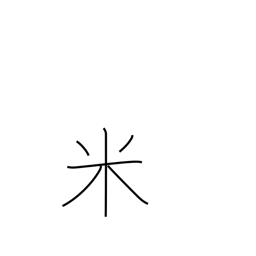
Meaning: USA